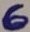
Text: 6